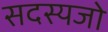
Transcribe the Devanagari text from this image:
सदस्यजो